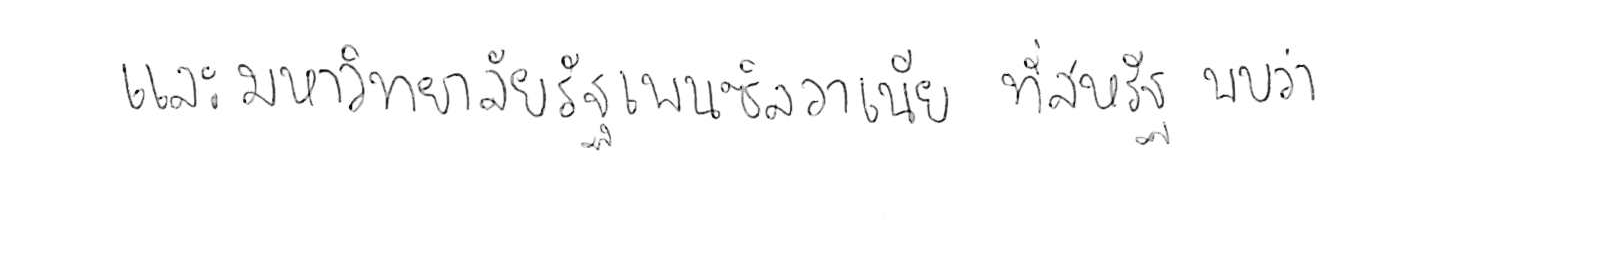
และมหาวิทยาลัยรัฐเพนซิลวาเนีย ที่สหรัฐ พบว่า